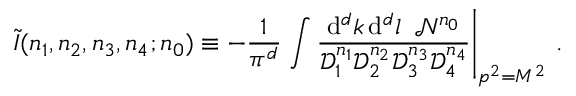
\widetilde { I } ( n _ { 1 } , n _ { 2 } , n _ { 3 } , n _ { 4 } ; n _ { 0 } ) \equiv - \frac { 1 } { \pi ^ { d } } \left. \int \frac { \mathrm { d } ^ { d } k \, \mathrm { d } ^ { d } l \; \; \mathcal { N } ^ { n _ { 0 } } } { \mathcal { D } _ { 1 } ^ { n _ { 1 } } \mathcal { D } _ { 2 } ^ { n _ { 2 } } \mathcal { D } _ { 3 } ^ { n _ { 3 } } \mathcal { D } _ { 4 } ^ { n _ { 4 } } } \right| _ { p ^ { 2 } = M ^ { 2 } } \, .